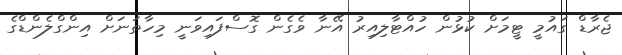
ޖެރާޑް ގައުމީ ޓީމަށް ކުޅުން ހުއްޓާލިއިރު އޭނާ ވެގެން ގޮސްފައިވަނީ މިހާތަނަށް އިންގްލެންޑްގެ